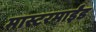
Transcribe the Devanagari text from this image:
मास्टरमाईंड